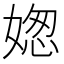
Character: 𡟟